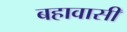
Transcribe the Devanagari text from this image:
बहावासी